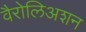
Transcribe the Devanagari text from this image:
वैरोलिअशन